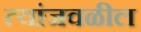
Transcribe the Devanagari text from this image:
त्यांजवळील